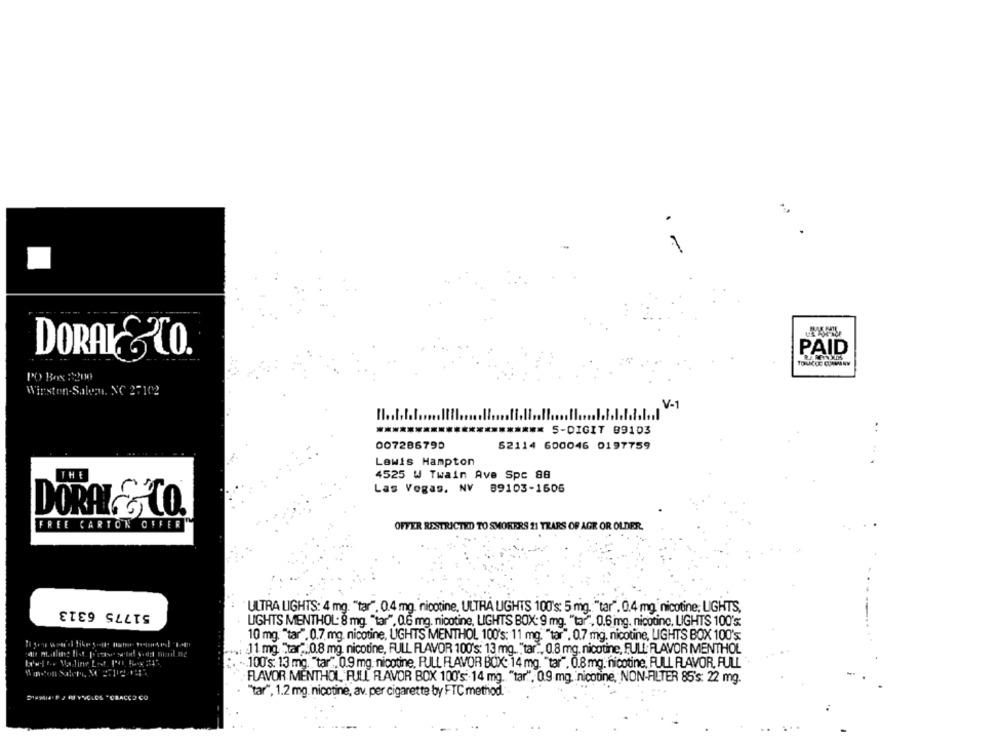
6
DORAKS TO.
PAID
PO Box :200
Winston-Salemu. NC 27102
V-1
****** 5-0
**** 5-DIGIT 09103
..
007286790
52114 600046 0197759
Lewis Hampton
4525 W Twain Ave Spc 88
Las Vegas, NV 89103-1605
DORAL & CO.
FREE CARTON OFFER
OFFER RESTRICTED TO SMOKERS 21 YEARS OF AGE OR OLDER.
51775 6313
ULTRA LIGHTS: 4 mg: "tar". 0.4 mg. nicotine, ULTRA UGHTS 100's: 5 mg. "tar". 0.4 mg nicotine; LIGHTS,
LIGHTS MENTHOL: 8 mg. "tar". 0.6 mg. nicotine, LIGHTS BOX: 9 mg. "tar", 0.6 mg. nicotine, LIGHTS 100's
10 mg. "tar". 0.7 mg. nicotine, UGHTS MENTHOL 100's: 11 mg. "tar". 0.7 mg. nicotine, LIGHTS BOX 100's
.... ]1 mg. "tar".0.8 mg. nicotine, FULL FLAVOR 100's: 13 mg. "tar ., 0.8 mg. nicotine, FULL: FLAVOR MENTHOL
... 100's: 13 mg. "tar", 0.9 mg. nicotine, PULL FLAVOR BOX: 14 mg. "tar". 0.8 mg. nicotine, FULL FLAVOR, FULL -
FLAVOR MENTHOL FULL FLAVOR BOX 100's 14 mg. "tar". 0.9 mg. nicotine, NON-FILTER 85's: 22 mg.
"tar", 1.2 mg. nicotine, av. per cigarette by FTC method.".